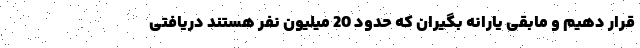
قرار دهیم و مابقی یارانه بگیران که حدود 20 میلیون نفر هستند دریافتی